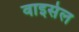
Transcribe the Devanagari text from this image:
वाइसेल